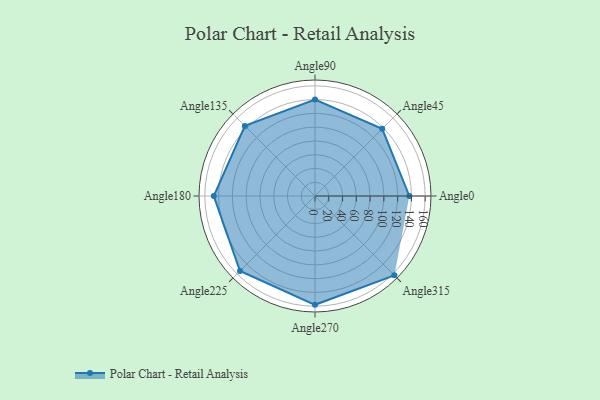
{"axis": {"x": "Angle", "y": "Radius"}, "legend": [""], "data": [{"x": "Angle0", "y": 137.0, "type": ""}, {"x": "Angle45", "y": 138.0, "type": ""}, {"x": "Angle90", "y": 140.0, "type": ""}, {"x": "Angle135", "y": 144.0, "type": ""}, {"x": "Angle180", "y": 147.0, "type": ""}, {"x": "Angle225", "y": 154.0, "type": ""}, {"x": "Angle270", "y": 158.0, "type": ""}, {"x": "Angle315", "y": 163.0, "type": ""}]}